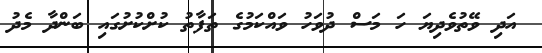
އަދި ވޭތުވެދިޔަ ހަ މަސް ދުވަހު ވައްކަމުގެ ތަފާތު ކުށްކުށުގައި ބަންދާ މެދު